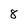
Character: 8